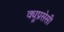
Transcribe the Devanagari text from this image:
क्यूप्रसेसी